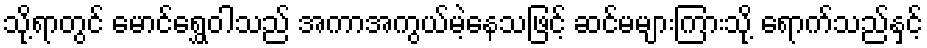
သို့ရာတွင် မောင်ရွှေဝါသည် အကာအကွယ်မဲ့နေသဖြင့် ဆင်မများကြားသို့ ရောက်သည်နှင့်